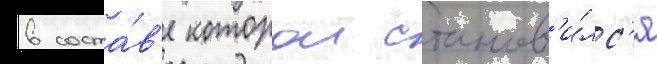
в соста́в'е которои станов'и́лс'я